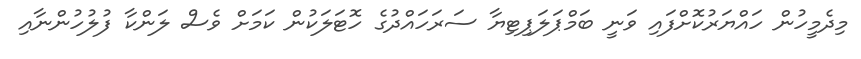
މިދެމީހުން ހައްޔަރުކޮށްފައި ވަނީ ބަމްޕަލަޕިޓިޔާ ސަރަހައްދުގެ ހޮޓަލަކުން ކަމަށް ވެސް ލަންކާ ފުލުހުންނާއި